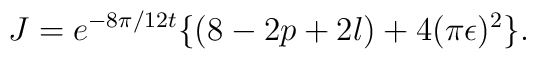
J=e^{-8\pi/12t}\{(8-2p+2l)+4(\pi \epsilon)^{2} \}.